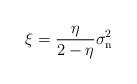
LaTeX: \begin{align*} \xi = \frac{\eta}{2 - \eta}\sigma^2_{\rm n}\end{align*}